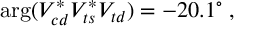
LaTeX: \arg ( V _ { c d } ^ { * } V _ { t s } ^ { * } V _ { t d } ) = - 2 0 . 1 ^ { \circ } \; ,